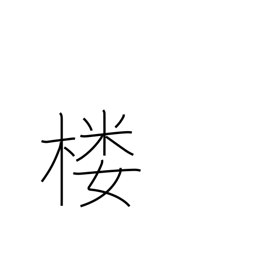
Meaning: watchtower